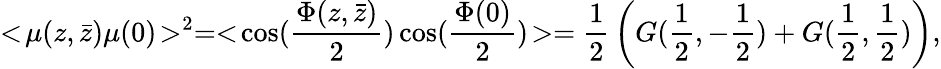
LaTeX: <\! \mu(z,\bar{z})\mu(0)\! >^{2}=<\! \cos({\frac{\Phi(z,\bar{z})}{2}})\cos({\frac{\Phi(0)}{2}})\! >={\frac{1}{2}}\left(G({\frac{1}{2}},-{\frac{1}{2}})+G({\frac{1}{2}},{\frac{1}{2}})\right),